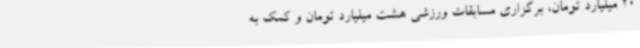
20 میلیارد تومان، برگزاری مسابقات ورزشی هشت میلیارد تومان و کمک به